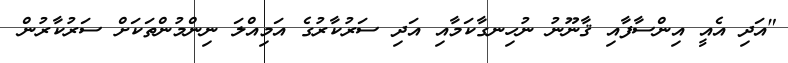
"އަދި އެއީ އިންސާފާއި ޤާނޫނު ނުހިނގާކަމާއި އަދި ސަރުކާރުގެ އަމިއްލަ ނިންމުންތަކަށް ސަރުކާރުން